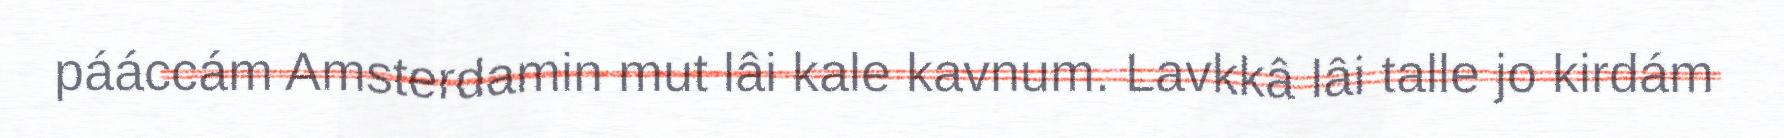
pááccám Amsterdamin mut lâi kale kavnum. Lavkkâ lâi talle jo kirdám